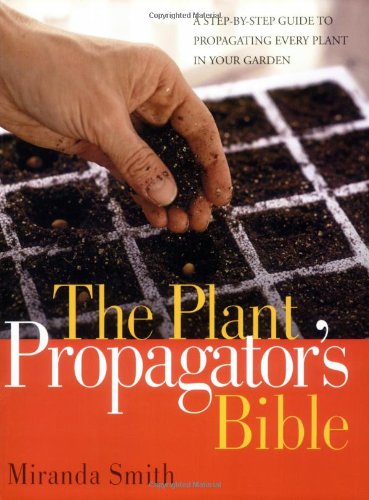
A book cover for The Plant Propagator's Bible; Miranda Smith; Crafts, Hobbies & Home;